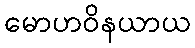
မောဟဝိနယာယ